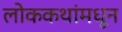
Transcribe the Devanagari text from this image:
लोककथांमधून